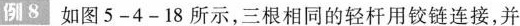
例8 如图5-4-18所示，三根相同的轻杆用铰链连接，并